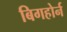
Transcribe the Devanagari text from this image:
बिगहोर्न